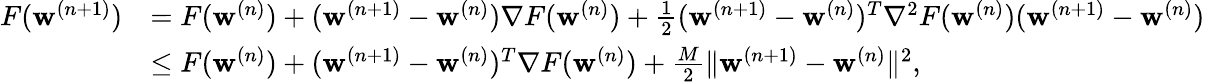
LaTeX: \begin{array}{rl}{F(\mathbf{w}^{(n+1)})}&{=F(\mathbf{w}^{(n)})+(\mathbf{w}^{(n+1)}-\mathbf{w}^{(n)})\nabla F(\mathbf{w}^{(n)})+\frac{1}{2}(\mathbf{w}^{(n+1)}-\mathbf{w}^{(n)})^{T}\nabla^{2}F(\mathbf{w}^{(n)})(\mathbf{w}^{(n+1)}-\mathbf{w}^{(n)})}\\ &{\leq F(\mathbf{w}^{(n)})+(\mathbf{w}^{(n+1)}-\mathbf{w}^{(n)})^{T}\nabla F(\mathbf{w}^{(n)})+\frac{M}{2}\| \mathbf{w}^{(n+1)}-\mathbf{w}^{(n)}\| ^{2},}\end{array}